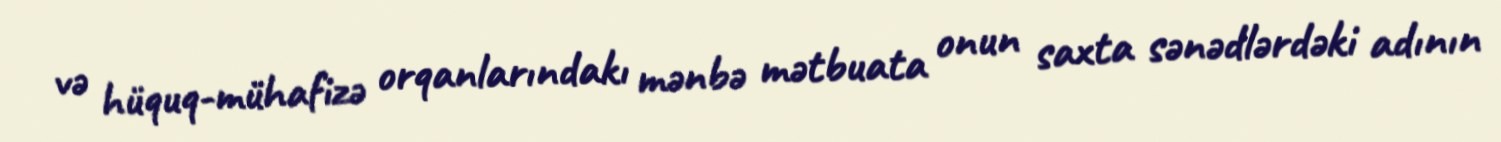
və hüquq-mühafizə orqanlarındakı mənbə mətbuata onun saxta sənədlərdəki adının